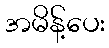
အမိန့်ပေး